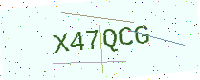
Text: X47QCG